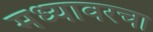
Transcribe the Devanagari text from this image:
मध्यावरचा